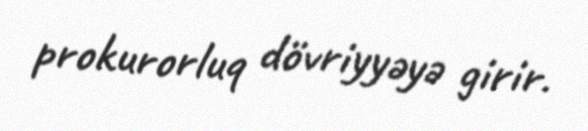
prokurorluq dövriyyəyə girir.